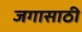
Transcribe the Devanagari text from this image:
जगासाठी